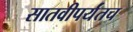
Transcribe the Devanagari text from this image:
सातवीपर्यंतच